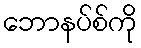
ဘောနပ်စ်ကို